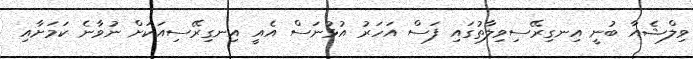
ވިލްޝެއާ ބުނީ އިނގިރޭސިވިލާތުގައި ފަސް އަހަރު އުޅުނަސް އެއީ އިނގިރޭސިއަކަށް ނުވާނެ ކަމަށާއި